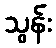
သွန်း